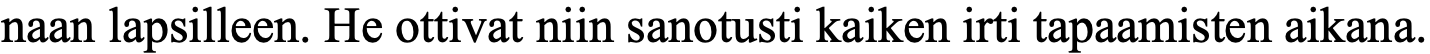
naan lapsilleen. He ottivat niin sanotusti kaiken irti tapaamisten aikana.